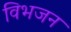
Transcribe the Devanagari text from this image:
विभजन